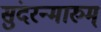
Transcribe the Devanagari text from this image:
सुंदरन्मारुम्